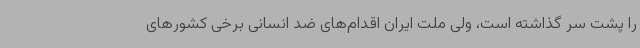
را پشت سر گذاشته‌ است، ولی ملت ایران اقدام‌های ضد انسانی برخی کشورهای